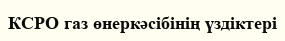
КСРО газ өнеркәсібінің үздіктері